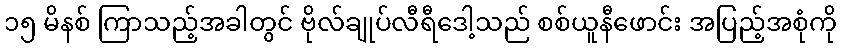
၁၅ မိနစ် ကြာသည့်အခါတွင် ဗိုလ်ချုပ်လီရီဒေါ့သည် စစ်ယူနီဖောင်း အပြည့်အစုံကို